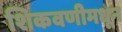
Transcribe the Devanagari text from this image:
शिकवणीमधून